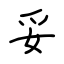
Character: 妥